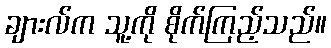
ချားလ်က သူ့ကို စိုက်ကြည့်သည်။